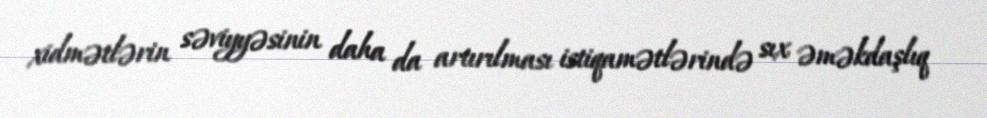
xidmətlərin səviyyəsinin daha da artırılması istiqamətlərində sıx əməkdaşlıq